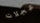
عجلات